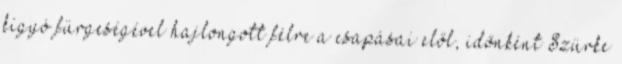
kígyó fürgeségével hajlongott félre a csapásai elől, időnként Szürke